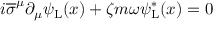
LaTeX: i { \overline { { \sigma } } } ^ { \mu } \partial _ { \mu } \psi _ { \mathrm { { L } } } ( x ) + \zeta m \omega \psi _ { \mathrm { { L } } } ^ { * } ( x ) = 0